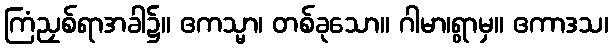
ကြံညှစ်ရာအခါ၌။ ဧကသ္မာ၊ တစ်ခုသော။ ဂါမာ၊ရွာမှ။ ဧကာဒသ၊